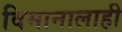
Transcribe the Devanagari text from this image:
विमानालाही